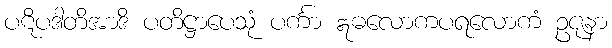
ပဋိပဒါတိအာဒိ ပတိဋ္ဌာပေသုံ ပင်္ကာ ဣဓလောကပရလောကံ ဥဇုနာ